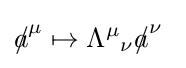
{a\!\!\!/}^{\mu }\mapsto {\Lambda ^{\mu }}_{\nu }{a\!\!\!/}^{\nu }~